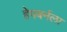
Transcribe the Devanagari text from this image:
हेपबर्नला